Lunatic asylums in Bengal annual reports 1912-1924 - 1912-1924
Year: 1912
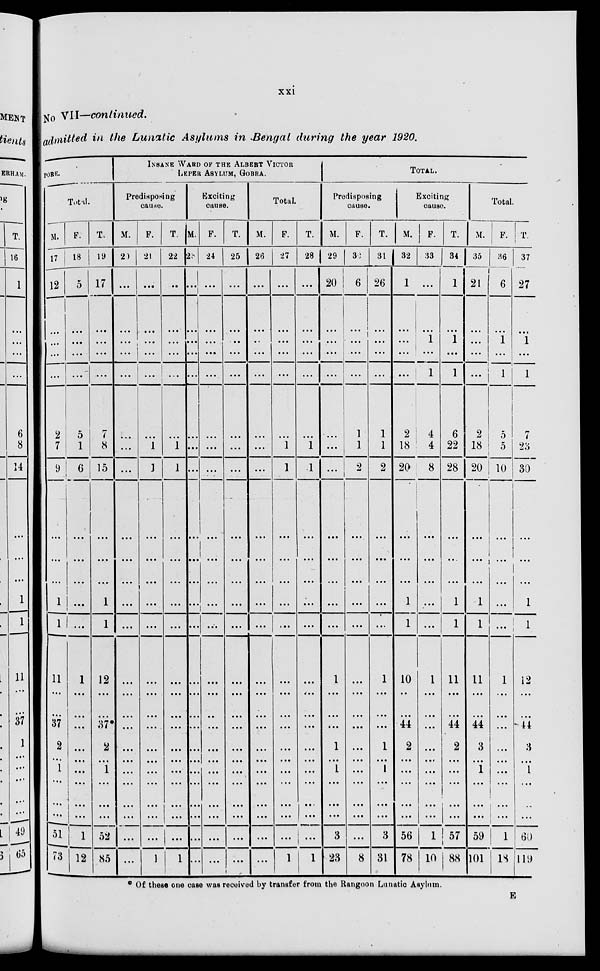
xxi
No VII—continued.
admitted in the Lunatic Asylums in Bengal during the year 1920.
PORE.
Total.
M.
17
12
...
...
...
...
2
7
9
...
...
...
1
1
11
...
...
37
2
... 1
...
...
...
51
73
F.
18
5a
...
...
...
...
5
1
6
...
...
...
...
...
1
...
...
...
...
...
...
...
...
...
1
12
T.
19
17
...
...
...
...
7
8
15
...
...
...
1
1
12
...
...
37*
2
...
1
...
...
...
52
85
INSANE WARD OF THE ALBERT VICTOR
LEPER ASYLUM, GOBRA.
Predisposing
cause.
M.
20
...
...
...
...
...
...
...
...
...
...
...
...
...
...
...
...
...
...
...
...
...
...
...
...
...
F.
21
...
...
...
...
...
...
1
1
...
...
...
...
...
...
...
...
...
...
...
...
...
...
...
...
1
T.
22
...
...
...
...
...
...
1
1
...
...
...
...
...
...
...
...
...
...
...
...
...
...
...
...
1
Exciting
cause.
M.
23
...
...
...
...
...
...
...
...
...
...
...
...
...
...
...
...
...
...
...
...
...
...
...
...
...
F.
24
...
...
...
...
...
...
...
...
...
...
...
...
...
...
...
...
...
...
...
...
...
...
...
...
...
T.
25
...
...
...
...
...
...
...
...
...
...
...
...
...
...
...
...
...
...
...
...
...
...
...
...
...
Total.
M.
26
...
...
...
...
...
...
...
...
...
...
...
...
...
...
...
...
...
...
...
...
...
...
...
...
...
F.
27
...
...
...
...
...
...
1
1
...
...
...
...
...
...
...
...
...
...
...
...
...
...
...
...
1
T.
28
...
...
...
...
...
...
1
1
...
...
...
...
...
...
...
...
...
...
...
...
...
...
...
...
1
Total.
Predisposing
cause.
M.
29
20
...
...
...
...
...
...
...
...
...
...
...
...
1
...
...
...
1
...
1
...
...
...
3
23
F.
30
6
...
...
...
...
1
1
2
...
...
...
...
...
...
...
...
...
...
...
...
...
...
...
...
8
T.
31
26
...
...
...
...
1
1
2
...
...
...
...
...
1
...
...
...
1
...
1
...
...
...
3
31
Exciting
cause.
M.
32
1
...
...
...
...
2
18
20
...
...
...
1
1
10
...
...
44
2
...
...
...
...
...
56
78
F.
33
...
...
1
...
1
4
4
8
...
...
...
...
...
1
...
...
...
...
...
...
...
...
...
1
10
T.
34
1
...
1
...
1
6
22
28
...
...
...
1
1
11
...
...
44
2
...
...
...
...
...
57
88
Total.
M.
35
21
...
...
...
...
2
18
20
...
...
...
1
1
11
...
...
44
3
...
1
...
...
...
59
101
F.
36
6
...
1
...
1
5
5
10
...
...
...
...
...
1
...
...
...
...
...
...
...
...
...
1
18
T.
37
27
...
1
...
1
7
23
30
...
...
...
1
1
12
...
...
44
3
...
1
...
...
...
60
119
* Of these one case was received by transfer from the Rangoon Lunatic Asylum.
E